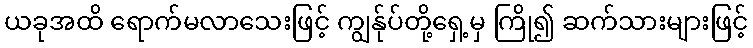
ယခုအထိ ရောက်မလာသေးဖြင့် ကျွန်ုပ်တို့ရှေ့မှ ကြို၍ ဆက်သားများဖြင့်